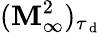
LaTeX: (\mathbf{M}_{\infty}^{2})_{\tau_{\mathrm{{~d~}}}}